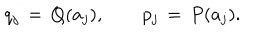
q _ { j } \, = \, Q ( a _ { j } ) , \hspace { 2 e m } p _ { j } \, = \, P ( a _ { j } ) .